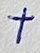
Text: +